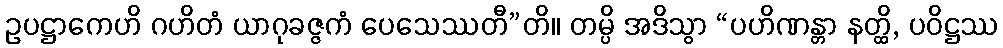
ဥပဋ္ဌာကေဟိ ဂဟိတံ ယာဂုခဇ္ဇကံ ပေသေဿတီ”တိ။ တမ္ပိ အဒိသွာ “ပဟိဏန္တာ နတ္ထိ, ပဝိဋ္ဌဿ